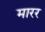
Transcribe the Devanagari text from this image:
मारर